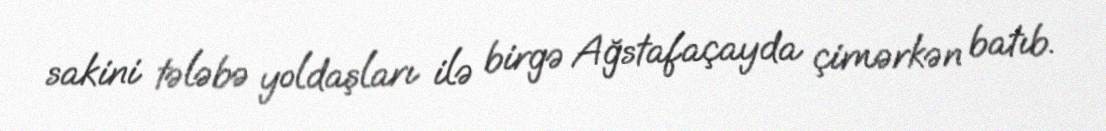
sakini tələbə yoldaşları ilə birgə Ağstafaçayda çimərkən batıb.